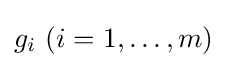
g_{i}\ (i=1,\ldots ,m)